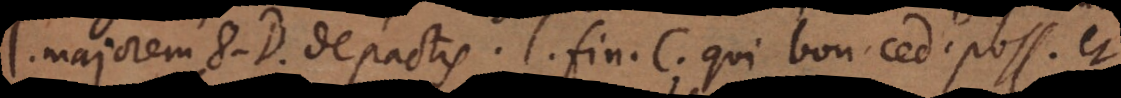
l. majorem 8. D. de pactis, l. fin. C. qui bonis